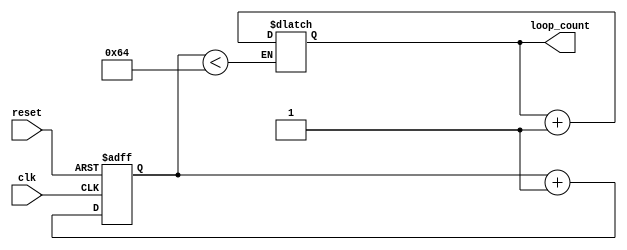
module do_while_loop_example (
    input wire clk,
    input wire reset,
    output reg loop_count
);

reg [7:0] counter;

always @ (posedge clk or posedge reset)
begin
    if (reset)
        counter <= 8'd0;
    else
        counter <= counter + 8'd1;
end

initial
begin
    loop_count <= 8'd0;
    counter <= 8'd0;
end

always @ *
begin
    if (counter < 8'd100)
    begin
        loop_count <= loop_count + 1;
    end
end

endmodule